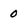
Character: 0